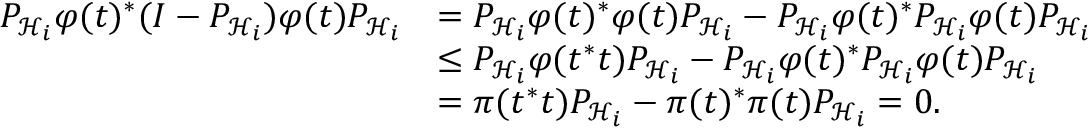
\begin{array} { r l } { P _ { { \mathcal { H } } _ { i } } \varphi ( t ) ^ { * } ( I - P _ { { \mathcal { H } } _ { i } } ) \varphi ( t ) P _ { { \mathcal { H } } _ { i } } } & { = P _ { { \mathcal { H } } _ { i } } \varphi ( t ) ^ { * } \varphi ( t ) P _ { { \mathcal { H } } _ { i } } - P _ { { \mathcal { H } } _ { i } } \varphi ( t ) ^ { * } P _ { { \mathcal { H } } _ { i } } \varphi ( t ) P _ { { \mathcal { H } } _ { i } } } \\ & { \leq P _ { { \mathcal { H } } _ { i } } \varphi ( t ^ { * } t ) P _ { { \mathcal { H } } _ { i } } - P _ { { \mathcal { H } } _ { i } } \varphi ( t ) ^ { * } P _ { { \mathcal { H } } _ { i } } \varphi ( t ) P _ { { \mathcal { H } } _ { i } } } \\ & { = \pi ( t ^ { * } t ) P _ { { \mathcal { H } } _ { i } } - \pi ( t ) ^ { * } \pi ( t ) P _ { { \mathcal { H } } _ { i } } = 0 . } \end{array}